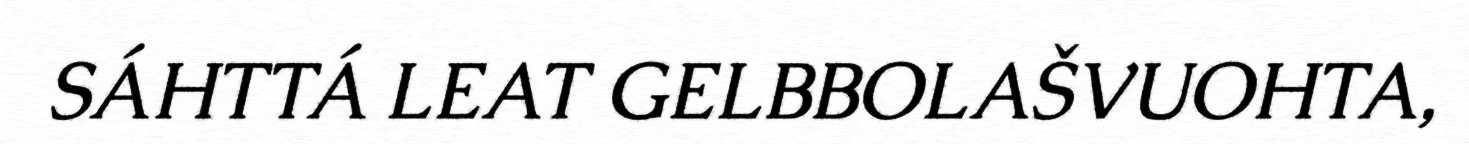
SÁHTTÁ LEAT GELBBOLAŠVUOHTA,